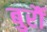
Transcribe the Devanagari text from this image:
बुर्रौ